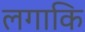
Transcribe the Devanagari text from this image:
लगाकि